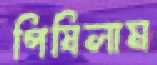
পিষিলাম